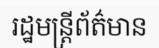
រដ្ឋមន្ត្រីព័ត៌មាន